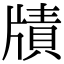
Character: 𤗮